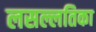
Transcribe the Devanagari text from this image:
लसल्लतिका